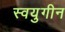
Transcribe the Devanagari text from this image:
स्वयुगीन